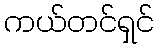
ကယ်တင်ရှင်